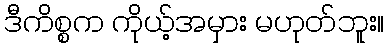
ဒီကိစ္စက ကိုယ့်အမှား မဟုတ်ဘူး။